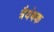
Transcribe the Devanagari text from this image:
त्रैयंबक